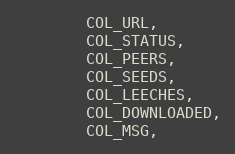
Language: C
        COL_URL,
        COL_STATUS,
        COL_PEERS,
        COL_SEEDS,
        COL_LEECHES,
        COL_DOWNLOADED,
        COL_MSG,